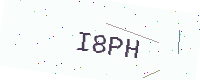
Text: I8PH